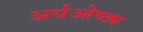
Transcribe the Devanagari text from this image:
अर्धओष्ठ्य